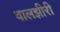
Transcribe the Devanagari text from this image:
वालझीरी